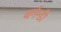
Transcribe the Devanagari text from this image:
बर्गन्डी